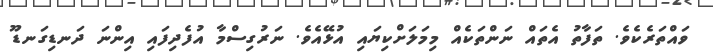
ވައްތަރެކެވެ. ތަފާތު އެތައް ނަންތަކެއް މިމަލަށްކިޔައި އުޅޭއެވެ. ނަރުގިސްމާ އުފެދިފައި އިންނަ ދަނޑިގަނޑޫ